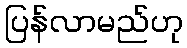
ပြန်လာမည်ဟု